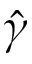
\hat { \gamma }